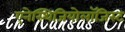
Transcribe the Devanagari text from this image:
एनेस्थिजियोलॉजिस्ट